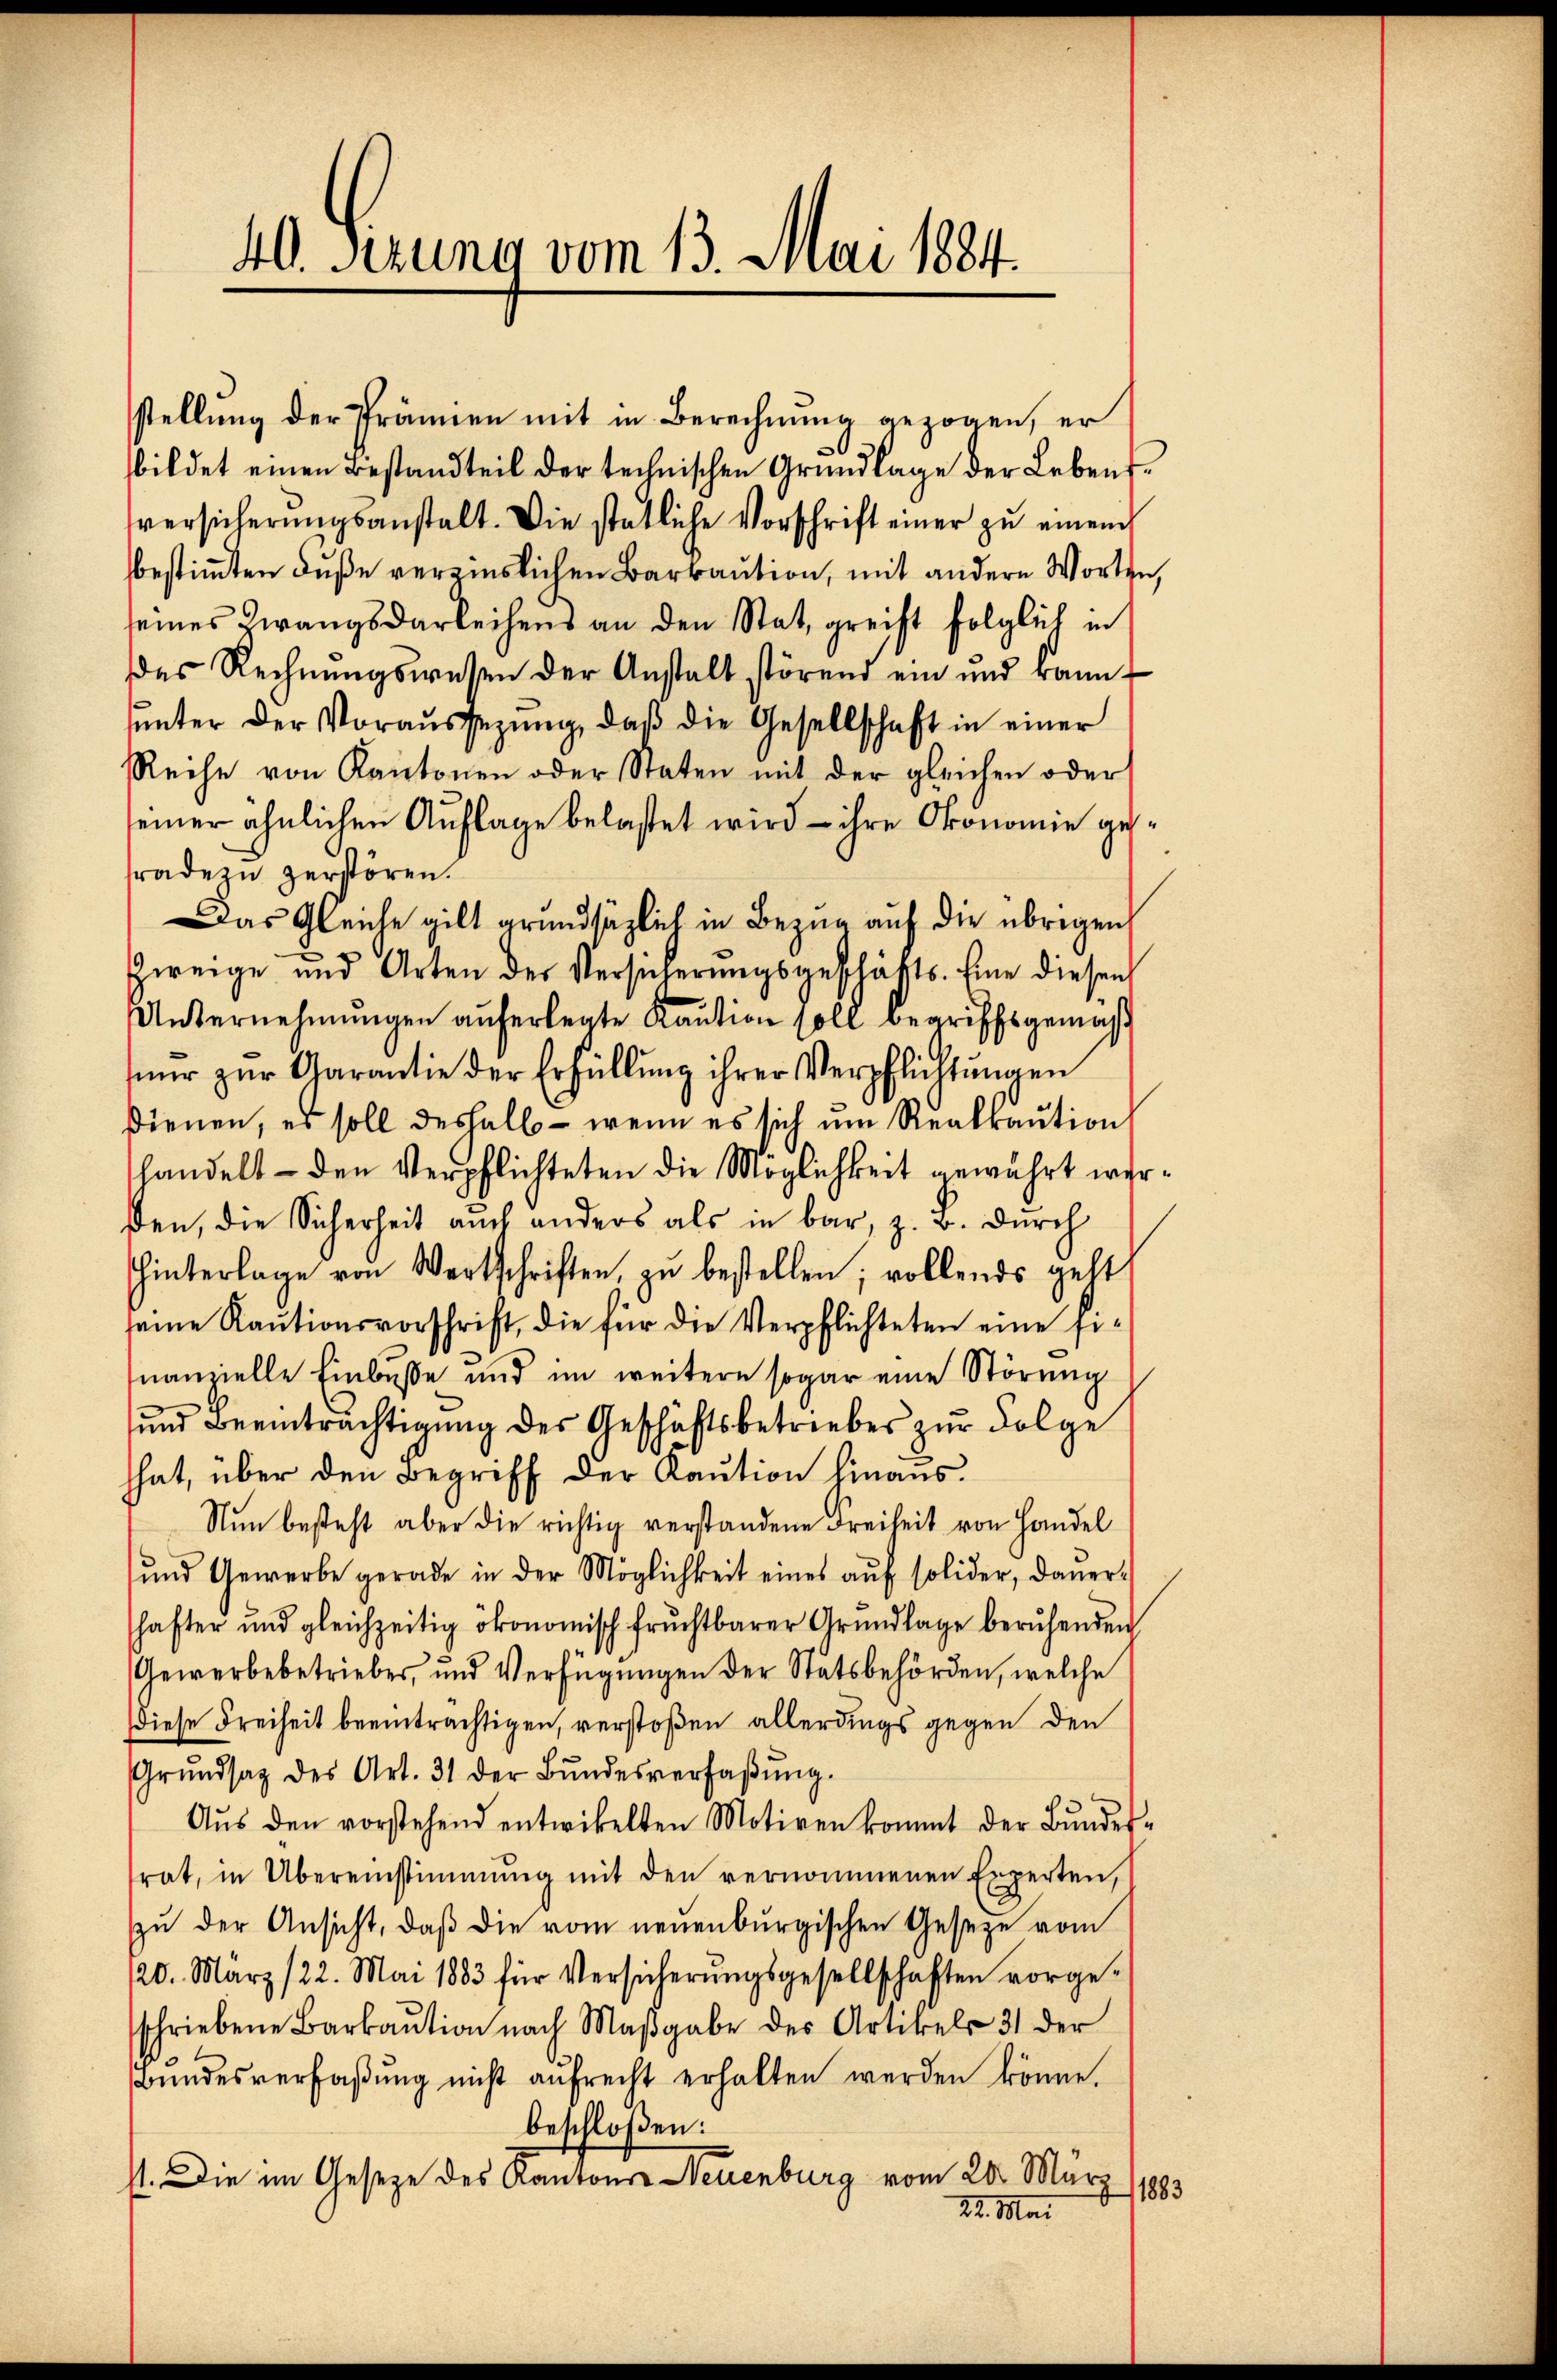
40. Ferung vom 13. Mai 1884.

stellung der Prämien mit in Berechnung gezogen, er
bildet einen Bestandteil der technischen Grundlage der Lebensversicherŭngsanstalt. Die statliche Vorschrift einer zŭ einem
bestimmten Fuße verzinslichen Barbaution, mit andere Worten,
seines Zwangsdarleihens an den Stat, greift folglich in
des Rechnungswesen der Anstalt störend ein und kannŭnter der Voraŭssezung, daβ die Gesellschaft in einer
Reche von Kantonen oder Staten mit der gleichen oder
seiner ähnlichen Auflage belastet wird – ihre Okonomie geradezu zerstören.
Das Gleiche gilt grundsätzlich in Bezug auf die übrigen
Zweige und Arten der Versicherŭngsgeschäfts. Eine diesen
Unternehmungen auferlegte Kaution soll begriffsgemäß
nŭr zŭr Garantie der Erfüllung ihrer Verpflichtungen
dienen, es soll deshalb – wenn es sich um Realkaution
handelt - den Verpflichteten die Möglichkeit gewährt werßen, die Sicherheit auch anders als in bar, z. B. durch
hinterlage von Wertschriften, zu bestellen; vollends gelt
seine Kautionsvorschrift, die für die Verpflichteten eine sinanzielle Einbuße und im weitere sogar eine Störung
und Beeinträchtigung des Geschäftsbetriebes zur Folge
hat, über den Begriff der Kaution hinaus.
Nŭn besteht aber die richtig verstandene Freiheit von Handel
ŭnd Gewerbe gerade in der Möglichkeit eines aŭf solider, daner-
shafter und gleichzeitig ökonomisch fruchtbarer Grŭndlage beruhenden
Gewerbebetrieber, und Verfügŭngen der Statsbehörden, welche
diese Freiheit beeinträchtigen, verstoßen allerdings gegen den
Grŭndsag des Art. 31 der Bŭndesverfaβŭng.
Aŭs den vorstehend entwickelten Motiven kommt der Bŭndes-
rat, in Übereinstimmung mit den vernommenen Experten,
zŭ der Ansicht, daß die vom neuenburgischen Geseze vom
120. März 122. Mai 1883 für Versicherŭngsgesellschaften vorge-
schriebene Barkaŭtion nach Maβgabe des Artikels 31 der
Bŭndesverfaβŭng nicht aŭfrecht erhalten werden könne.
beschloßen:
st. Die im Gesetze des Kantons Neuenburg vom 20. März
1883
22. Mai